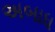
અબાધ